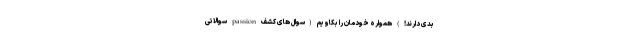
بدی دارند!) همواره خودمان را بکاویم (سوال های کشف passion سوالاتی